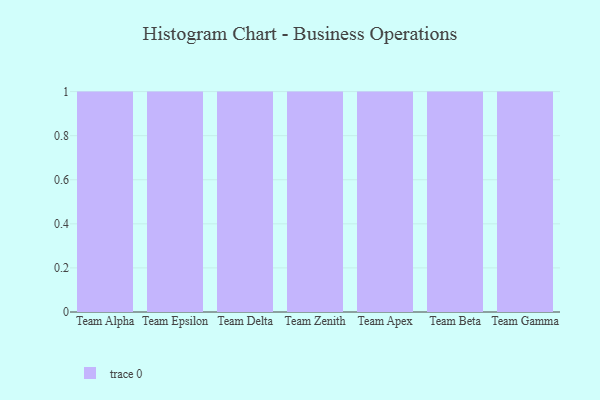
{"axis": {"x": "Team", "y": "Revenue (USD Million)"}, "legend": [""], "data": [{"x": "Team Alpha", "y": 72, "type": ""}, {"x": "Team Epsilon", "y": 94, "type": ""}, {"x": "Team Delta", "y": 99, "type": ""}, {"x": "Team Zenith", "y": 27, "type": ""}, {"x": "Team Apex", "y": 26, "type": ""}, {"x": "Team Beta", "y": 5, "type": ""}, {"x": "Team Gamma", "y": 49, "type": ""}]}